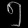
Digit: ၅